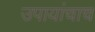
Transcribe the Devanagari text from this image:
उपायांचाच